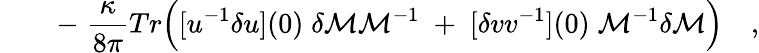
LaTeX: \qquad-\; {\frac{\kappa}{8\pi}}Tr\Bigl([u^{-1}\delta u](0)\; \delta{\cal M}{\cal M}^{-1}\; +\; [\delta vv^{-1}](0)\; {\cal M}^{-1}\delta{\cal M}\Bigr)\quad,